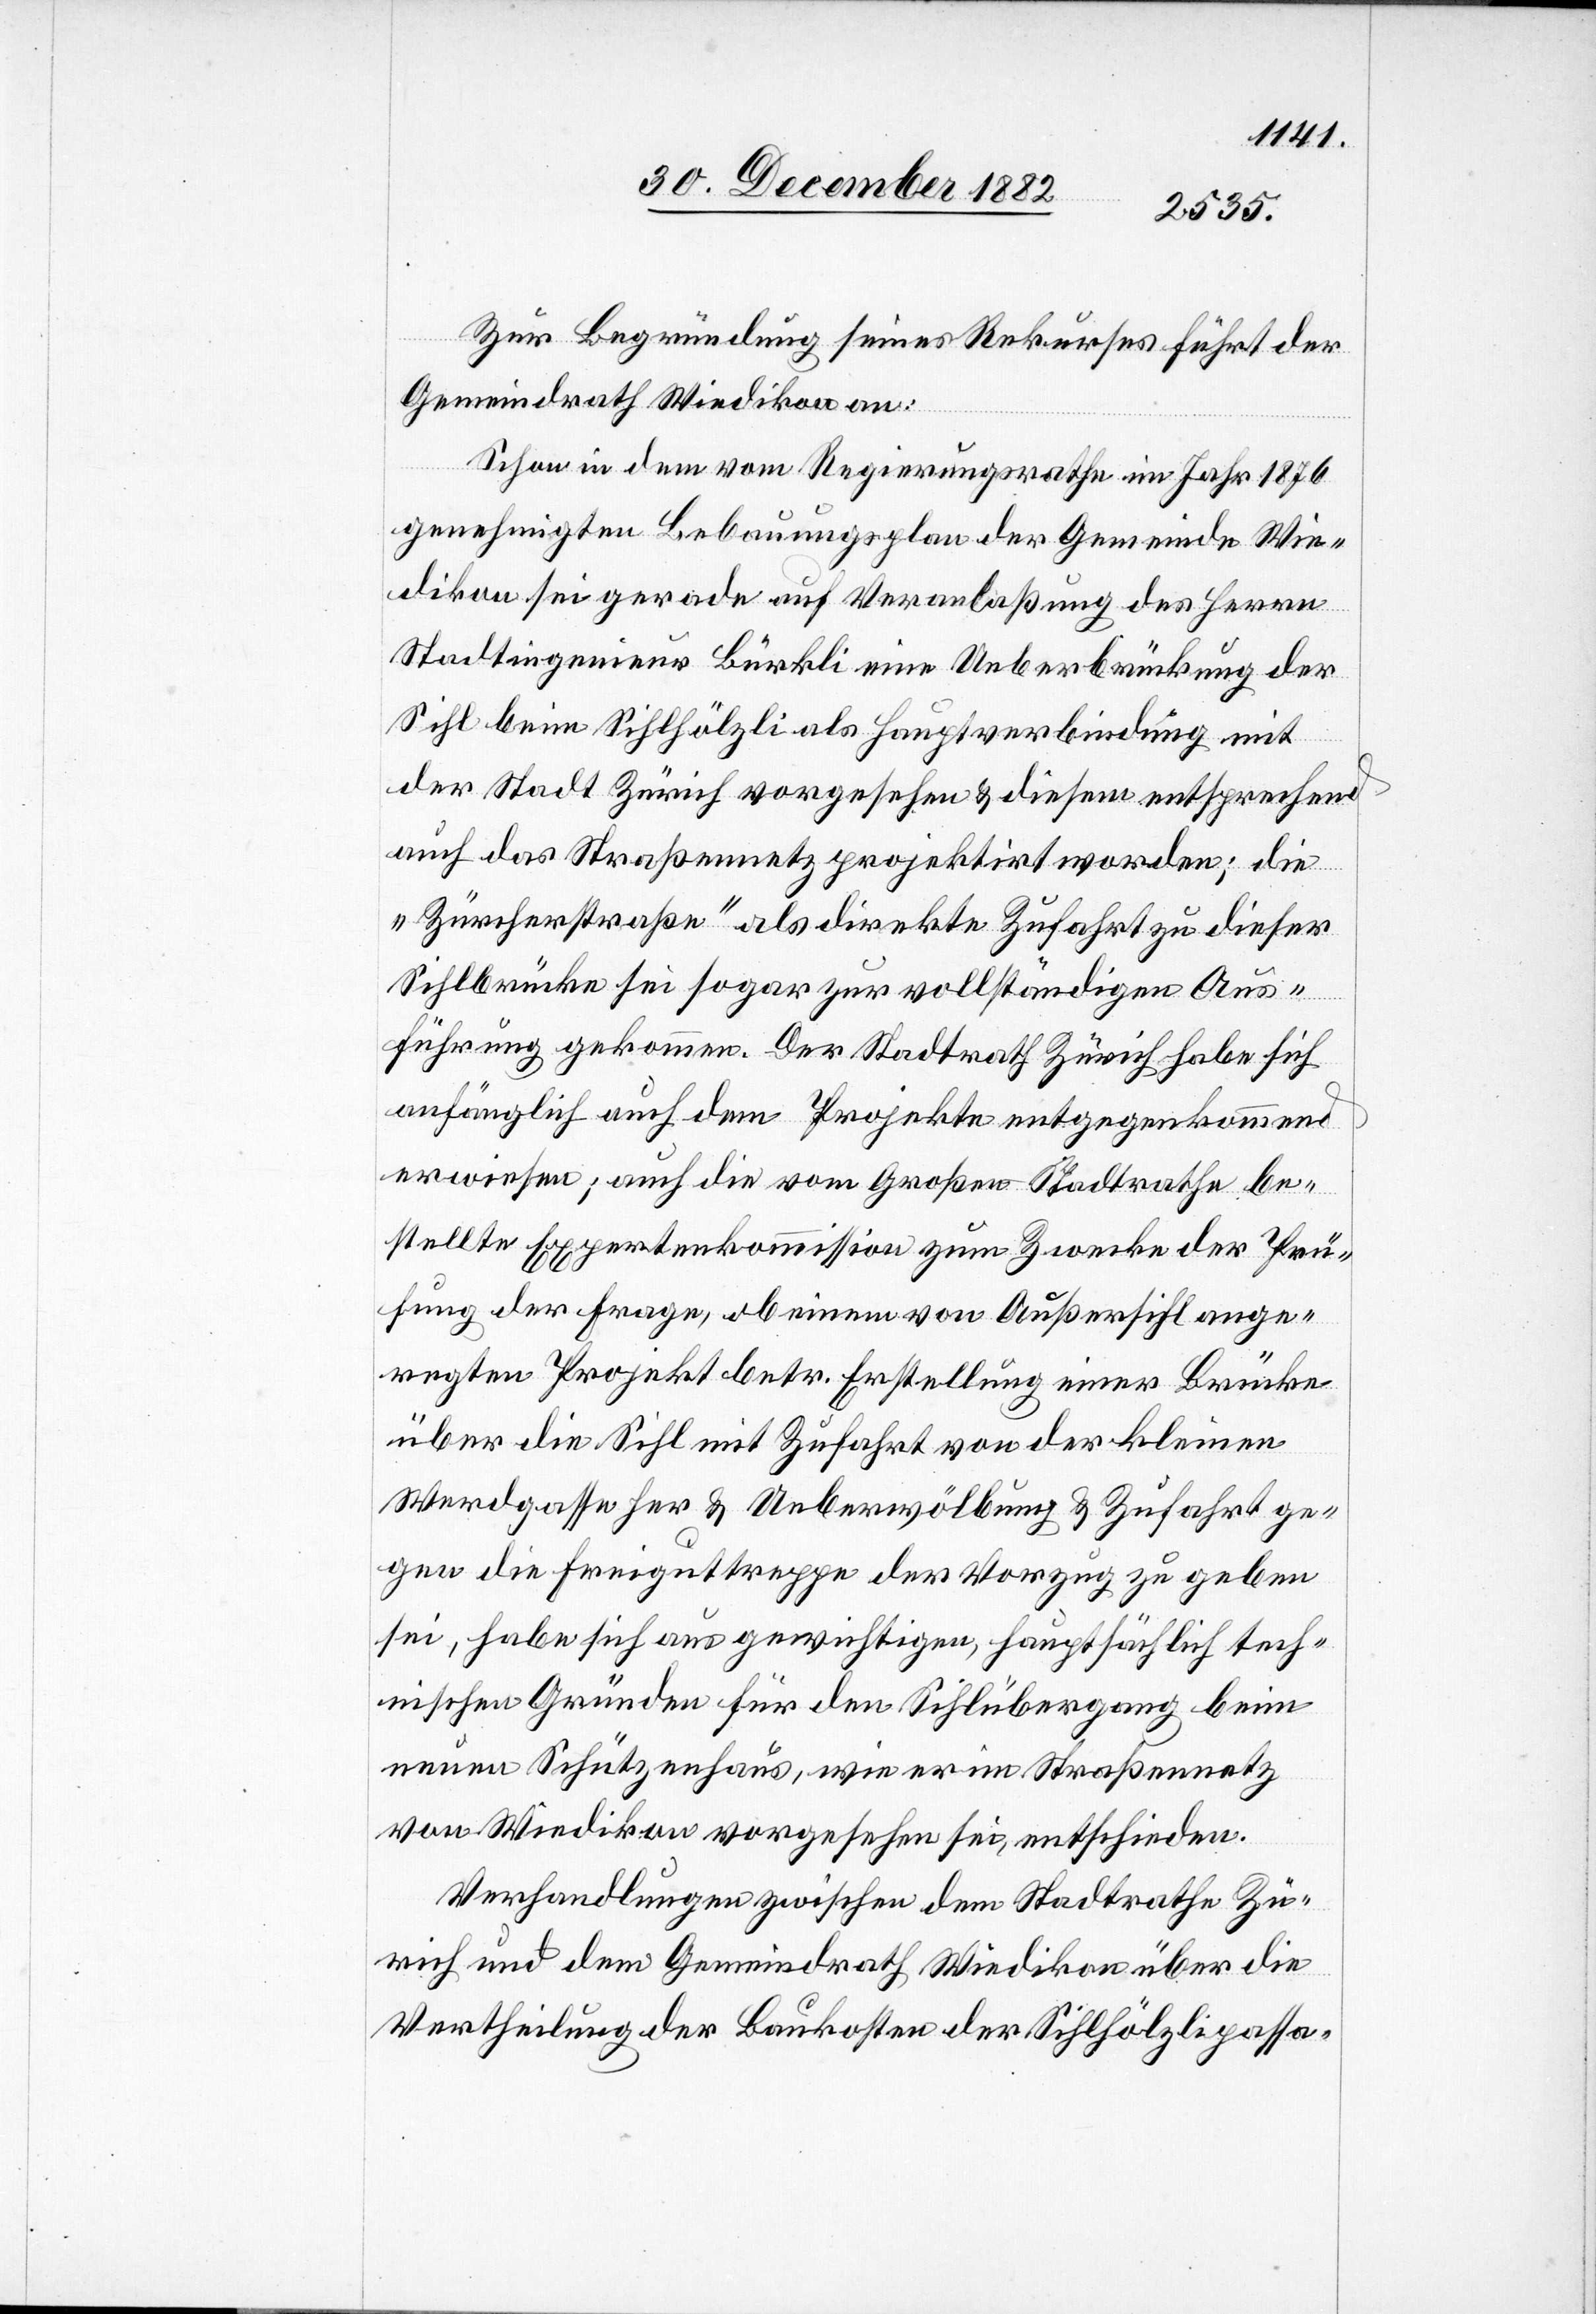
Zur Begründung seines Rekurses führt der
Gemeindrath Wiedikon an:
Schon in dem vom Regierungsrathe im Jahr 1876
genehmigten Bebauungsplan der Gemeinde Wie¬
dikon sei gerade auf Veranlaßung des Herrn
Stadtingenieur Bürkli eine Ueberbrückung der
Sihl beim Sihlhölzli als Hauptverbindung mit
der Stadt Zürich vorgesehen & diesem entsprechend
auch das Straßennetz projektirt worden; die
„Zürcherstraße“ als direkte Zufahrt zu dieser
Sihlbrücke sei sogar zur vollständigen Aus¬
führung gekommen. Der Stadtrath Zürich habe sich
anfänglich auch dem Projekte entgegenkommend
erwiesen; auch die vom Großen-Stadtrathe be¬
stellte Expertenkommission zum Zwecke der Prü¬
fung der Frage, ob einem von Außersihl ange¬
regten Projekt betr. Erstellung einer Brücke
über die Sihl mit Zufahrt von der kleinen
Werdgasse her & Ueberwölbung & Zufahrt ge¬
gen die Freiguttreppe der Vorzug zu geben
sei, habe sich aus gewichtigen, hauptsächlich tech¬
nischen Gründen für den Sihlübergang beim
neuen Schützenhaus, wie er im Straßennetz
von Wiedikon vorgesehen sei, entschieden.
Verhandlungen zwischen dem Stadtrathe Zü¬
rich und dem Gemeindrath Wiedikon über die
Vertheilung der Baukosten der Sihlhölzlipassa-